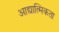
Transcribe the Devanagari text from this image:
आद्यात्मिकता